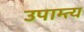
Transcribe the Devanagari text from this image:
उपाम्त्य